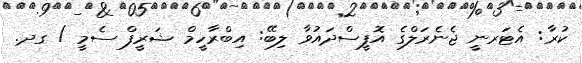
ކުރާ: އެޓަރނީ ޖެނެރަލްގެ އޮފީސްދައުވާ ލިބޭ: އިބްރާހީމް ޝަރީފް ސެމީ / ގދ.